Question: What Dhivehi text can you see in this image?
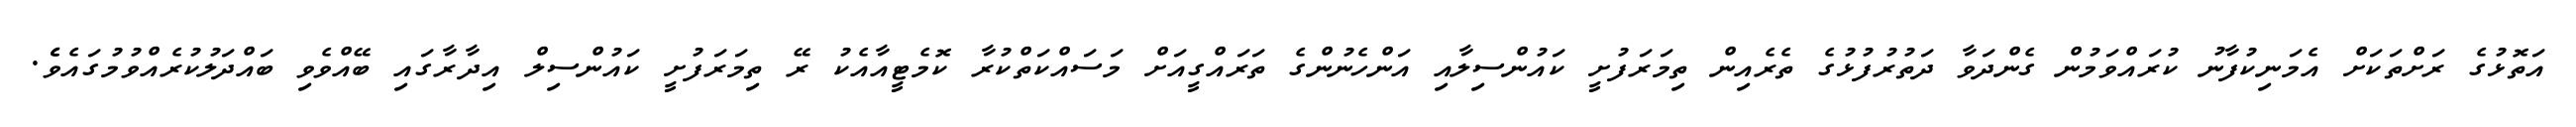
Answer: އަތޮޅުގެ ރަށްތަކަށް އެމަނިކުފާނު ކުރައްވަމުން ގެންދަވާ ދަތުރުފުޅުގެ ތެރެއިން ތިމަރަފުށީ ކައުންސިލާއި އަންހެނުންގެ ތަރައްގީއަށް މަސައްކަތްކުރާ ކޮމެޓީއާއެކު ރޭ ތިމަރަފުށީ ކައުންސިލް އިދާރާގައި ބޭއްވެވި ބައްދަލުކުރެއްވުމުގައެވެެ.